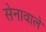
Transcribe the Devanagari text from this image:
सेनावाले